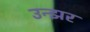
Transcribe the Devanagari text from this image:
उन्झर